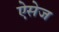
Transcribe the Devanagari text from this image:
ऐसेज